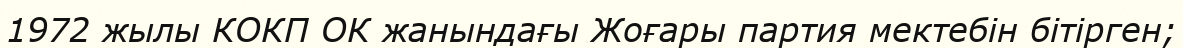
1972 жылы КОКП ОК жанындағы Жоғары партия мектебін бітірген;